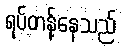
ရပ်တန့်နေသည်